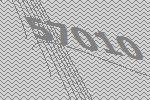
57010